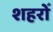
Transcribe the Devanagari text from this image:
शहरोँ